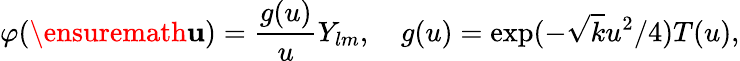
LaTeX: \varphi(\ensuremath{\mathbf{u}})=\frac{g(u)}{u}Y_{lm},\quad g(u)=\exp(-\sqrt{k}u^{2}/4)T(u),